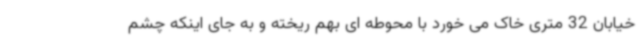
خیابان 32 متری خاک می خورد با محوطه ای بهم ریخته و به جای اینکه چشم